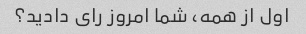
اول از همه، شما امروز رای دادید؟